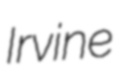
Irvine